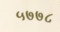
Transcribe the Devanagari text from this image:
५७७८